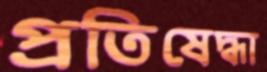
প্রতিষেদ্ধা